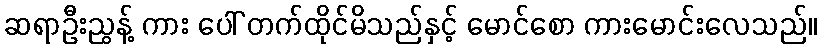
ဆရာဦးညွန့် ကား ပေါ် တက်ထိုင်မိသည်နှင့် မောင်စော ကားမောင်းလေသည်။